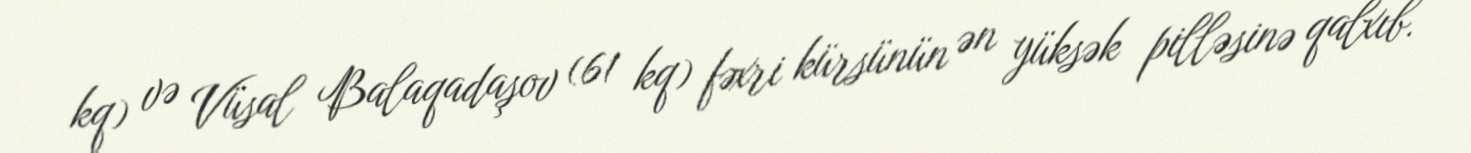
kq) və Vüsal Balaqadaşov (61 kq) fəxri kürsünün ən yüksək pilləsinə qalxıb.